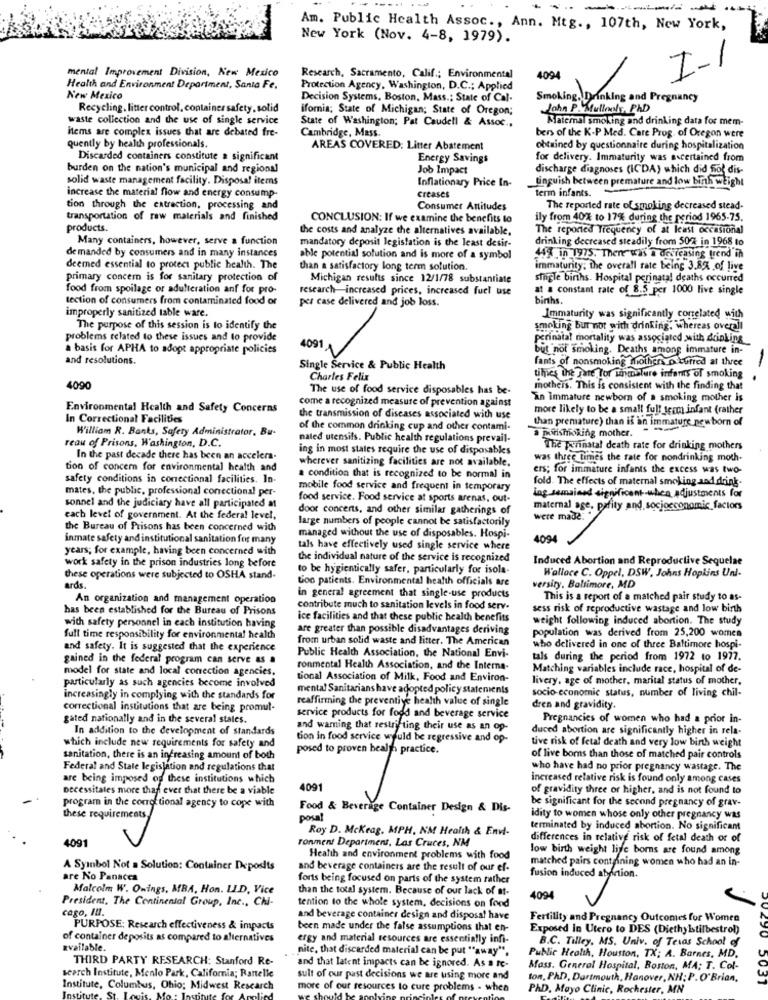
-
Am. Public Health Assoc ., Ann. Mtg ., 107th, New York,
New York (Nov. 4-8, 1979).
mental Improvement Division, New Mexico
I-1
Research, Sacramento, Calif .; Environmental
4094
Health and Environment Department, Santa Fe.
Protection Agency, Washington, D.C .; Applied
New Mexico
Decision Systems, Boston, Mass .; State of Cal.
Smoking. Drinking and Pregnancy
Recycling. litter control, container safety, solid
ifornia; State of Michigan; State of Oregon;
John P. Mulloals, PhD
waste collection and the use of single service
State of Washington; Pat Caudell & Assoc .,
Ratemal smoking and drinking data for mem-
items are complex issues that are debated fre-
Cambridge, Mass.
bers of the K-P Med. Care Prog, of Oregon were
quently by health professionals.
AREAS COVERED: Litter Abatement
obtained by questionnaire during hospitalization
Discarded containers constitute a significant
Energy Savings
for delivery. Immaturity was ascertained from
burden on the nation's municipal and regional
Job Impact
discharge diagnoses (ICDA) which did fiof dis-
solid waste management facility. Disposal items
Inflationary Price In-
Linguish between premature and low birth weight
term infants.
increase the material flow and energy consump-
creases
tion through the extraction, processing and
Consumer Antitudes
The reported rate of smoking decreased stead-
transportation of raw materials and finished
CONCLUSION: If we examine the benefits to
ily from 40% to 17% during the period 1965-75.
products.
the costs and analyze the alternatives available,
The reported Trequency of at least occasional
Many containers, however, serve a function
mandatory deposit legislation is the least desir-
drinking decreased steadily from 50% in 1968 to
demanded by consumers and in many instances
able potential solution and is more of a symbol
44% in 1975. There was a desicasing trend in
deemed essential to protect public health. The
than a satisfactory long term solution.
immaturity: the overall rate being 3.8% of live
primary concern is for sanitary protection of
Michigan results since 12/1/78 substantiate
single births. Hospital perinatal deaths occurred
food from spoilage or adulteration anf for pro-
research-increased prices, increased fuel use
at a constant rate of 8.5 per 1000 live single
tection of consumers from contaminated food or
per case delivered and job loss.
births.
improperly sanitized table ware.
Immaturity was significantly conelated with
The purpose of this session is to identify the
smoking bur not with drinking. whereas overall
problems related to these issues and to provide
perinatal mortality was associated with drinking
a basis for APHA to adopt appropriate policies
4091
but not smoking. Deaths among immature in-
and resolutions.
fants of nonsmoking Mothers D wurred at three
Single Service & Public Health
Charles Felix
tihies the fate Tor uinclure infants of smoking
.
4090
The use of food service disposables has be-
mothers. This is consistent with the finding that
come a recognized measure of prevention against
"Tn immature newborn of a smoking mother is
Environmental Health and Safety Concerns
more likely to be a small full team infant (rather
In Correctional Facilities
the transmission of diseases associated with use
than premature) than is an immature new born of
William R. Banks, Safety Administrator, Bu-
of the common drinking cup and other contami-
reau of Prisons, Washington, D.C.
nated utensils. Public health regulations prevail-
Minismoking mother.
ing in most states require the use of disposables
The perinatal death rate for drinking mothers
In the past decade there has been an accelera-
wherever sanitizing facilities are not available.
was three times the rate for nondrinking moth.
tion of concern for environmental health and
ers; for immature infants the excess was two-
safety conditions in conectional facilities. In-
a condition that is recognized to be normal in
fold. The effects of maternal smoking and drink-
mates, the public, professional conectional per-
mobile food service and frequent in temporary
food service. Food service at sports arenas, out-
ing semained significant when adjustments for
sonnel and the judiciary have all participated at
door concerts, and other similar gatherings of
maternal age, pafity and socjocconomic factors
each level of government. At the federal level,
large numbers of people cannot be satisfactorily
were made. .
the Bureau of Prisons has been concerned with
inmate safety and institutional sanitation for many
managed without the use of disposables. Hospi-
4094
years; for example, having been concerned with
tals have effectively used single service where
work safety in the prison industries long before
the individual nature of the service is recognized
Induced Abortion and Reproductive Sequelae
to be hygientically safer, particularly for isola-
Wallace C. Oppel, DSW. Johns Hopkins Unl-
these operations were subjected to OSHA stand-
too patients. Environmental health officials are
ards.
versity. Baltimore, MD
An organization and management operation
in general agreement that single-use products
This is a report of a matched pair study to as-
has been established for the Bureau of Prisons
contribute much to sanitation levels in food serv-
sess risk of reproductive wastage and low birth
with safety personnel in each institution having
ice facilities and that these public health benefits
weight following induced abortion. The study
are greater than possible disadvantages deriving
population was derived from 25,200 women
full time responsibility for environmental health
from urban solid waste and litter. The American
and safety. It is suggested that the experience
who delivered in one of three Baltimore hospi-
gained in the federal program can serve as a
Public Health Association, the National Envi-
tals during the period from 1972 to 1977.
model for state and local conection agencies.
ronmental Health Association, and the Interna-
Matching variables include race, hospital of de-
tional Association of Milk, Food and Environ-
livery. age of mother, marital status of mother,
particularly as such agencies become involved
mental Sanitarians have adopted policy statements
socio-economic status, number of living chil-
increasingly in complying with the standards for
reaffirming the preventive health value of single
correctional institutions that are being promul-
dren and gravidity
gated nationally and in the several states.
service products for food and beverage service
Pregnancies of women who had a prior in-
In addition to the development of standards
and warning that restricting their use as an op-
duced abortion are significantly higher in rela-
tion in food service would be regressive and op-
tive risk of fetal death and very low birth weight
which include new requirements for safety and
posed to proven health practice.
sanitation, there is an increasing amount of both
of live boms than those of matched pair controls
Federal and State legislation and regulations that
who have had no prior pregnancy wastage. The
are being imposed of these institutions which
increased relative risk is found only among cases
Decessitales more than ever that there be a viable
4091
of gravidity three or higher, and is not found to
program in the corrol tional agency to cope with
be significant for the second pregnancy of grav-
Food & Beverage Container Design & Dis-
these requirements
posa
idity to women whose only other pregnancy was
Roy D. Mckeag, MPH, NM Health & Envi-
terminated by induced abortion. No significant
4091
ronment Department, Las Cruces, NM
differences in relative risk of fetal death or of
low birth weight life borns are found among
Health and environment problems with food
matched pairs containing women who had an in-
A Symbol Not a Solution: Container Deposits
and beverage containers are the result of our ef-
are No Panacea
forts being focused on parts of the system rather
fusion induced atylion.
Malcolm W. Owings, MBA, Hon. LID, Vice
than the total system. Because of our lack of at-
President, The Continental Group, Inc ., Chi-
tention to the whole system, decisions on fond
4094
cago, Il.
and beverage container design and disposal have
Fertility and Pregnancy Outcomes for Women
PURPOSE: Research effectiveness & impacts
been made under the false assumptions that en-
Exposed In Utero to DES (Diethylstilbestrol)
of container deposits as compared to alternatives
ergy and material resources are essentially infi-
B.C. Tilley. MS. Univ. of Texas School of
available.
nite, that discarded material can be put "away",
THIRD PARTY RESEARCH: Stanford Re-
Public Health, Houston, TX; A. Barnes, MD.
and that latent impacts can be ignored. As a re-
Mass. General Hospital, Boston, MA; T. Col-
search Institute, Menlo Park, California; Rantelie
sult of our past decisions we are using more and
ton, PhD, Dartmouth, Hanover, NH; P. O' Brian,
Institute, Columbus, Ohio; Midwest Research
more of our resources to cure problems . when
PAD, Mayo Clinic, Rochester, MN